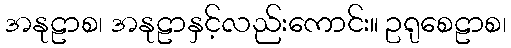
အနုဠာစ၊ အနုဠာနှင့်လည်းကောင်း။ ဥရုစေဠာစ၊